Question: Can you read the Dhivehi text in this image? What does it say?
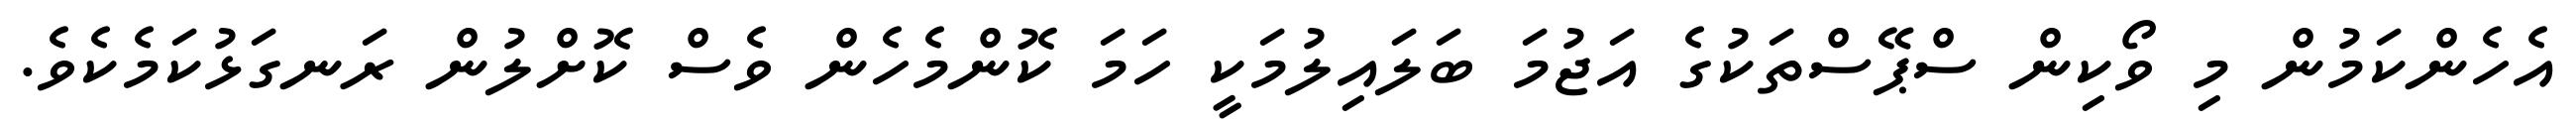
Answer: އެހެންކަމުން މި ވޯކިން ސްޕޭސްތަކުގެ އަޖުމަ ބަލައިލުމަކީ ހަމަ ކޮންމެހެން ވެސް ކޮށްލުން ރަނގަޅުކަމެކެވެ.